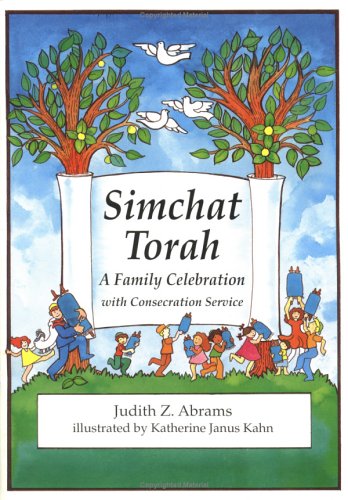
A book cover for Simchat Torah: A Family Celebration with Consecration Service; Judith Z. Abrams; Teen & Young Adult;